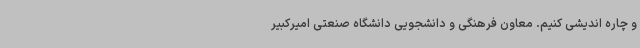
و چاره اندیشی کنیم. معاون فرهنگی و دانشجویی دانشگاه صنعتی امیرکبیر